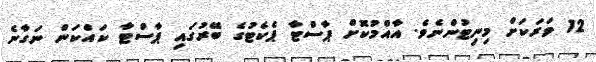
12 ވަރަކަށް މިނިޓުންނެވެ. އާއްމުކޮށް ޕާސްޓާ ޕެކެޓުގެ ބޭރުގައި ޕާސްޓާ ކައްކަން ނަގާނެ